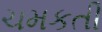
ચમકતી